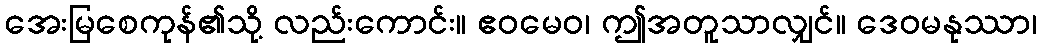
အေးမြစေကုန်၏သို့ လည်းကောင်း။ ဧဝမေဝ၊ ဤအတူသာလျှင်။ ဒေဝမနုဿာ၊